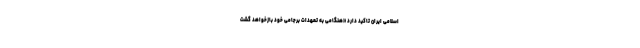
اسلامی ایران تاکید دارد «هنگامی به تعهدات برجامی خود بازخواهد گشت